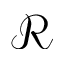
\mathscr { R }